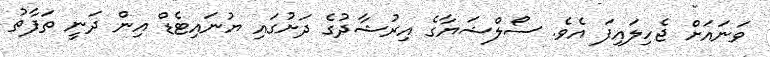
ވަނައަށް ޖެހިލައިފަ އެވެ. ސޯލްޝަޔާގެ އިރުޝާދުގެ ދަށުގައި ޔުނައިޓެޑް އިން ދަނީ ތަފާތު